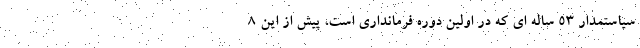
سیاستمدار 53 ساله ای که در اولین دوره فرمانداری است، پیش از این 8